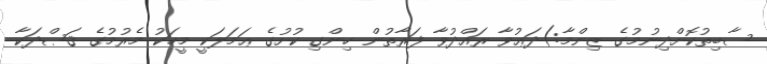
ސާބިތުކޮށްދިނުމުގެ ޒިންމާ:)ދަޢުވާ ރައްދުވާ ފަރާތުން ހިންގި ކުށުގެ ޢަމަލަކީ މީހަކު މެރުމުގެ ޤަޞްދަކާ